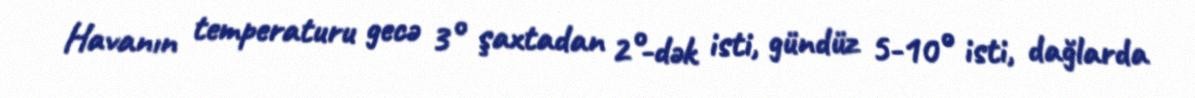
Havanın temperaturu gecə 3° şaxtadan 2°-dək isti, gündüz 5-10° isti, dağlarda